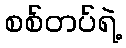
စစ်တပ်ရဲ့